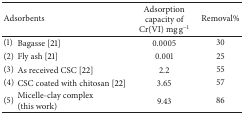
| <COLSPAN=2> Adsorbents | Adsorption capacity of Cr(VI) mg g−1 | Removal% |
 | --- | --- | --- | --- |
 | (1) | Bagasse [21] | 0.0005 | 30 |
 | (2) | Fly ash [21] | 0.001 | 25 |
 | (3) | As received CSC [22] | 2.2 | 55 |
 | (4) | CSC coated with chitosan [22] | 3.65 | 57 |
 | (5) | Micelle-clay complex (this work) | 9.43 | 86 |